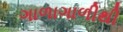
ગાળાગાળીથી